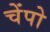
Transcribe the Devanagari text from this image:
चेंपो